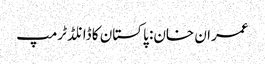
عمران خان: پاکستان کا ڈانلڈ ٹرمپ